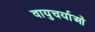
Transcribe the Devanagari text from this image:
वायुचर्याओं